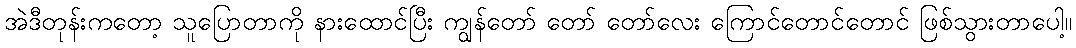
အဲဒီတုန်းကတော့ သူပြောတာကို နားထောင်ပြီး ကျွန်တော် တော် တော်လေး ကြောင်တောင်တောင် ဖြစ်သွားတာပေါ့။